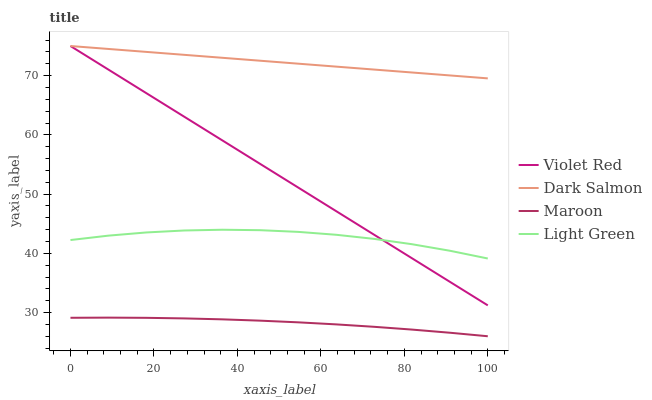
| xaxis_label | Violet Red | Dark Salmon | Maroon | Light Green |
 | --- | --- | --- | --- | --- |
 | 0 | 75 | 75 | 29.1 | 42.3 |
 | 9.09 | 71 | 74.5 | 29.2 | 43 |
 | 18.2 | 67 | 74 | 29.1 | 43.5 |
 | 27.3 | 63.1 | 73.5 | 29 | 43.9 |
 | 36.4 | 59.1 | 73 | 28.9 | 44 |
 | 45.5 | 55.1 | 72.5 | 28.6 | 43.9 |
 | 54.5 | 51.1 | 72 | 28.4 | 43.6 |
 | 63.6 | 47.1 | 71.5 | 28 | 43.1 |
 | 72.7 | 43.2 | 71 | 27.6 | 42.5 |
 | 81.8 | 39.2 | 70.5 | 27.1 | 41.6 |
 | 90.9 | 35.2 | 70 | 26.6 | 40.4 |
 | 100 | 31.2 | 69.5 | 26 | 39.1 |